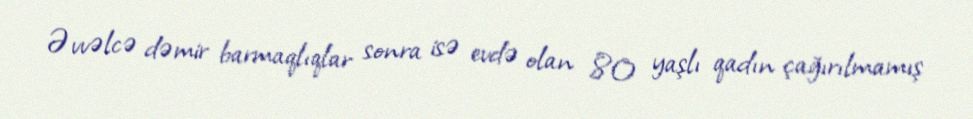
Əvvəlcə dəmir barmaqlıqlar sonra isə evdə olan 80 yaşlı qadın çağırılmamış